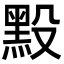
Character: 𪐮